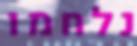
נלחמו